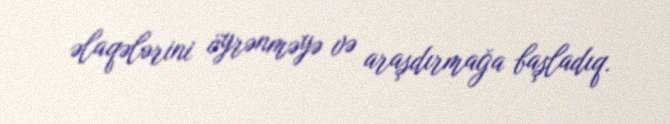
əlaqələrini öyrənməyə və araşdırmağa başladıq.